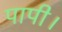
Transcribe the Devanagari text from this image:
पापी।